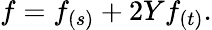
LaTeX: f=f_{(s)}+2Yf_{(t)}.